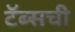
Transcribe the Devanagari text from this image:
टॅब्सची